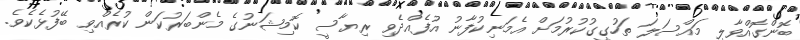
ބޮންގޮއްވާލި މައްސަލަ ތަހުގީގުކުރުމަށް އެމަނިކުފާނު އުފެއްދެވި ރިޔާސީ ކޮމިޝަނުގެ މެންބަރުކަން ކުރެއްވި ބޭފުޅެކެވެ.